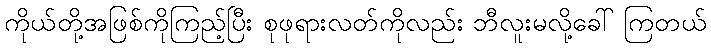
ကိုယ်တို့အဖြစ်ကိုကြည့်ပြီး စုဖုရားလတ်ကိုလည်း ဘီလူးမလို့ခေါ် ကြတယ်